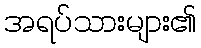
အရပ်သားများ၏